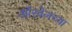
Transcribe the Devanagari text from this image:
ऑरवेलच्या